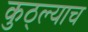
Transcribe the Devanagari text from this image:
कुठ्ल्याच